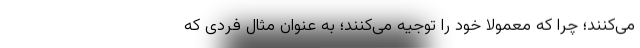
می‌کنند؛ چرا که معمولا خود را توجیه می‌کنند؛ به عنوان مثال فردی که